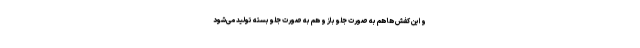
و این کفش ها هم به صورت جلو باز و هم به صورت جلو بسته تولید می‌شود